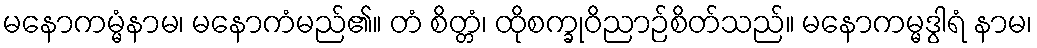
မနောကမ္မံနာမ၊ မနောကံမည်၏။ တံ စိတ္တံ၊ ထိုစက္ခုဝိညာဉ်စိတ်သည်။ မနောကမ္မဒွါရံ နာမ၊